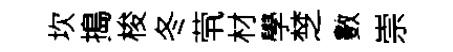
坎搗梭冬茕材學椘數崇